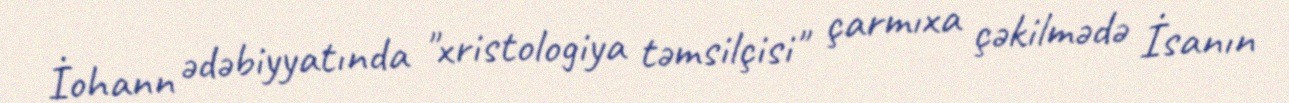
İohann ədəbiyyatında "xristologiya təmsilçisi" çarmıxa çəkilmədə İsanın